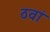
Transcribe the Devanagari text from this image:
ठवां